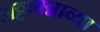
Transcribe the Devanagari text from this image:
अठ्ठावन्नाव्या